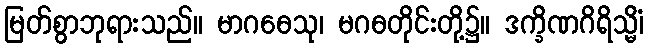
မြတ်စွာဘုရားသည်။ မာဂဓေသု၊ မဂဓတိုင်းတို့၌။ ဒက္ခိဏဂိရိသ္မိံ၊